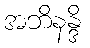
အဘိနန္ဒိ